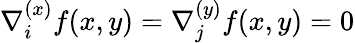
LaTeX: \nabla_{i}^{(x)}f(x,y)=\nabla_{j}^{(y)}f(x,y)=0